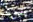
سوف